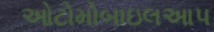
ઓટોમોબાઇલઆપ